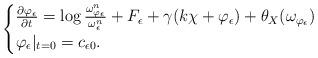
LaTeX: \begin{align*}\begin{cases}\frac{\partial \varphi_{\epsilon}}{\partial t}=\log \frac{\omega_{\varphi_{\epsilon}}^n}{\omega_{\epsilon}^n} +F_{\epsilon}+\gamma (k\chi+\varphi_{\epsilon})+\theta_X(\omega_{\varphi_{\epsilon}})\\\varphi_{\epsilon}|_{t=0}=c_{\epsilon 0}.\end{cases}\end{align*}